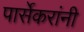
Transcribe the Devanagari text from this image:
पार्सेकरांनी